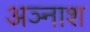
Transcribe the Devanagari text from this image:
अञ्नाश